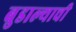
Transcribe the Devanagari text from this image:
बुडाल्याची